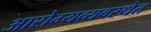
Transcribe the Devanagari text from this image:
आरोग्यव्यवस्थेत